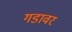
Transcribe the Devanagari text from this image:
गडावर